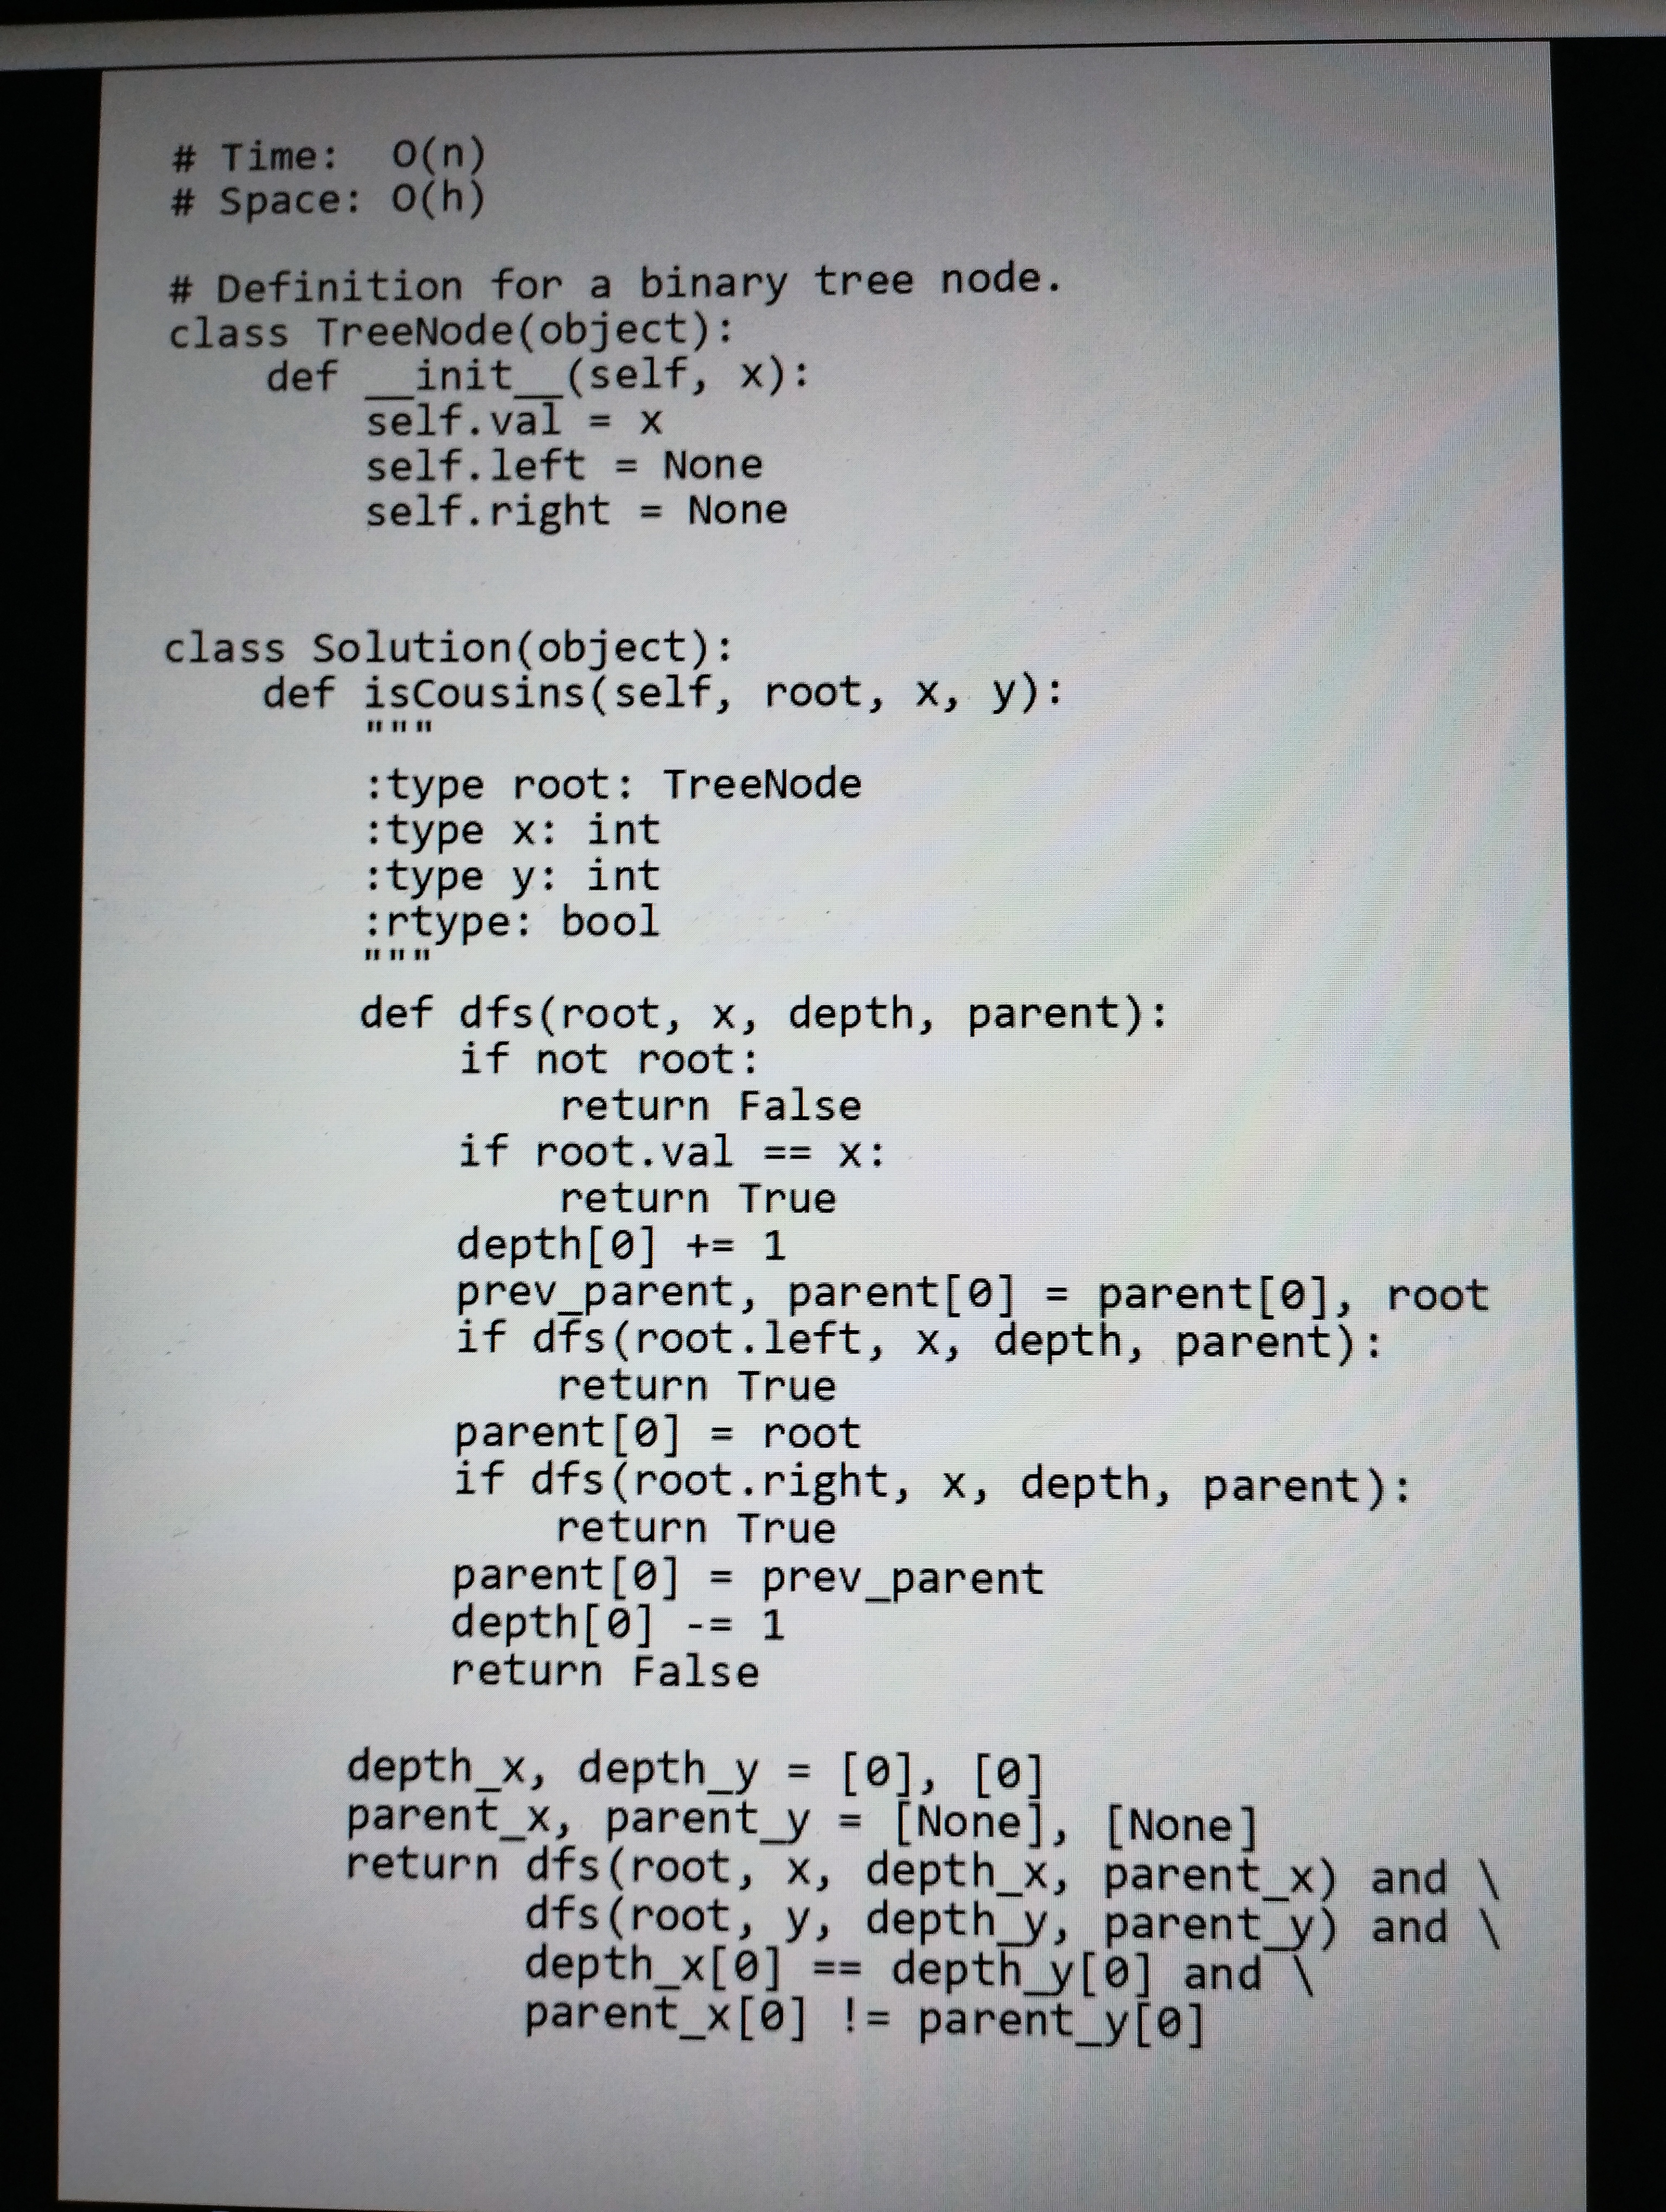
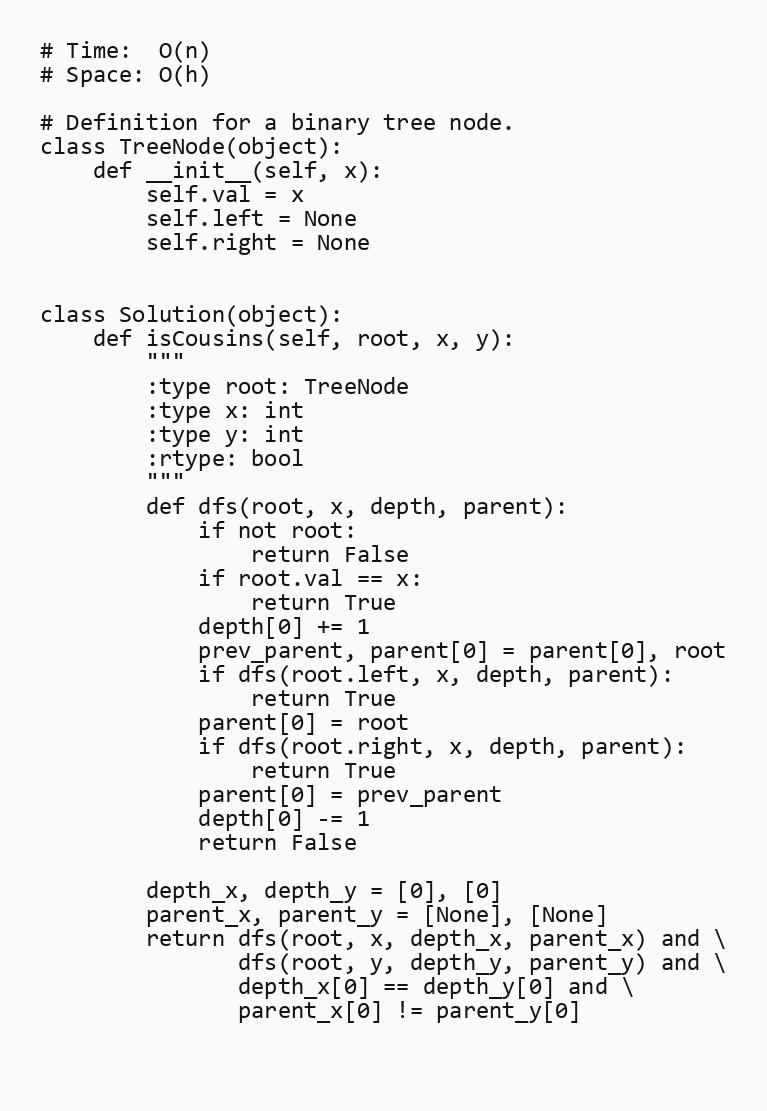
# Time:  O(n)
# Space: O(h)

# Definition for a binary tree node.
class TreeNode(object):
    def __init__(self, x):
        self.val = x
        self.left = None
        self.right = None

class Solution(object):
    def isCousins(self, root, x, y):
        """
        :type root: TreeNode
        :type x: int
        :type y: int
        :rtype: bool
        """
        def dfs(root, x, depth, parent):
            if not root:
                return False
            if root.val == x:
                return True
            depth[0] += 1
            prev_parent, parent[0] = parent[0], root
            if dfs(root.left, x, depth, parent):
                return True
            parent[0] = root
            if dfs(root.right, x, depth, parent):
                return True
            parent[0] = prev_parent
            depth[0] -= 1
            return False

        depth_x, depth_y = [0], [0]
        parent_x, parent_y = [None], [None]
        return dfs(root, x, depth_x, parent_x) and \
               dfs(root, y, depth_y, parent_y) and \
               depth_x[0] == depth_y[0] and \
               parent_x[0] != parent_y[0]